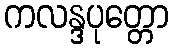
ကလန္ဒပုတ္တော